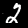
Digit: 2